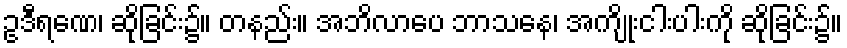
ဥဒီရဏေ၊ ဆိုခြင်း၌။ တနည်း။ အဘိလာပေ ဘာသနေ၊ အကျိုးငါးပါးကို ဆိုခြင်း၌။